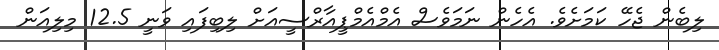
ލިބެން ޖެހޭ ކަމަށެވެ. އެހެން ނަމަވެސް އެމްއެމްޕީއާރްސީއަށް ލިބިފައި ވަނީ 12.5 މިލިއަން